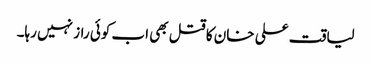
لیاقت علی خان کا قتل بھی اب کوئی راز نہیں رہا۔